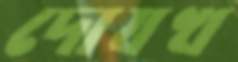
দোযখ